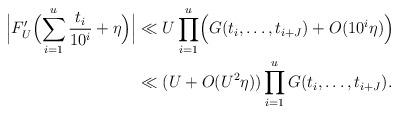
LaTeX: \begin{align*}\Bigl|F'_{U}\Bigl(\sum_{i=1}^u\frac{t_i}{10^i}+\eta\Bigr)\Bigr|&\ll U \prod_{i=1}^u\Bigl( G(t_i,\dots,t_{i+J})+O(10^i\eta)\Bigr)\\&\ll (U+O(U^2\eta))\prod_{i=1}^u G(t_i,\dots,t_{i+J}).\end{align*}